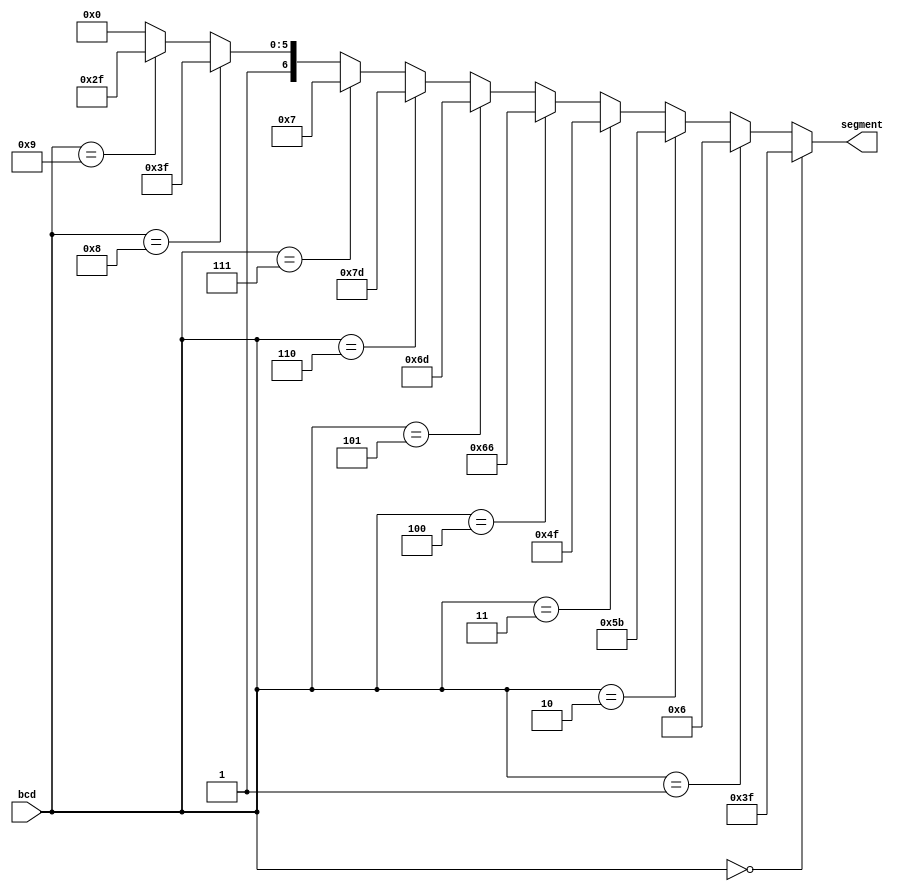
module bcdcoder (
  segment,
  bcd
  );

  output [6:0] segment;
  input [3:0] bcd;

  // Least-significant bit is segment 'A', most significant is 'G'
  parameter char_0 = 7'b0111111;
  parameter char_1 = 7'b0000110;
  parameter char_2 = 7'b1011011;
  parameter char_3 = 7'b1001111;
  parameter char_4 = 7'b1100110;
  parameter char_5 = 7'b1101101;
  parameter char_6 = 7'b1111101;
  parameter char_7 = 7'b0000111;
  parameter char_8 = 7'b1111111;
  parameter char_9 = 7'b1101111;
  parameter char_  = 7'b1000000; 

  assign segment =
    (bcd == 4'd0) ? char_0 :
    (bcd == 4'd1) ? char_1 :
    (bcd == 4'd2) ? char_2 :
    (bcd == 4'd3) ? char_3 :
    (bcd == 4'd4) ? char_4 :
    (bcd == 4'd5) ? char_5 :
    (bcd == 4'd6) ? char_6 :
    (bcd == 4'd7) ? char_7 :
    (bcd == 4'd8) ? char_8 :
    (bcd == 4'd9) ? char_9 :
      char_;

endmodule